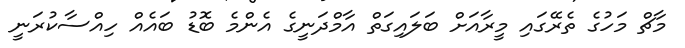
މާޗް މަހުގެ ތެރޭގައި މީރާއަށް ބަލައިގަތް އާމްދަނީގެ އެންމެ ބޮޑު ބައެއް ހިއްސާކުރަނީ